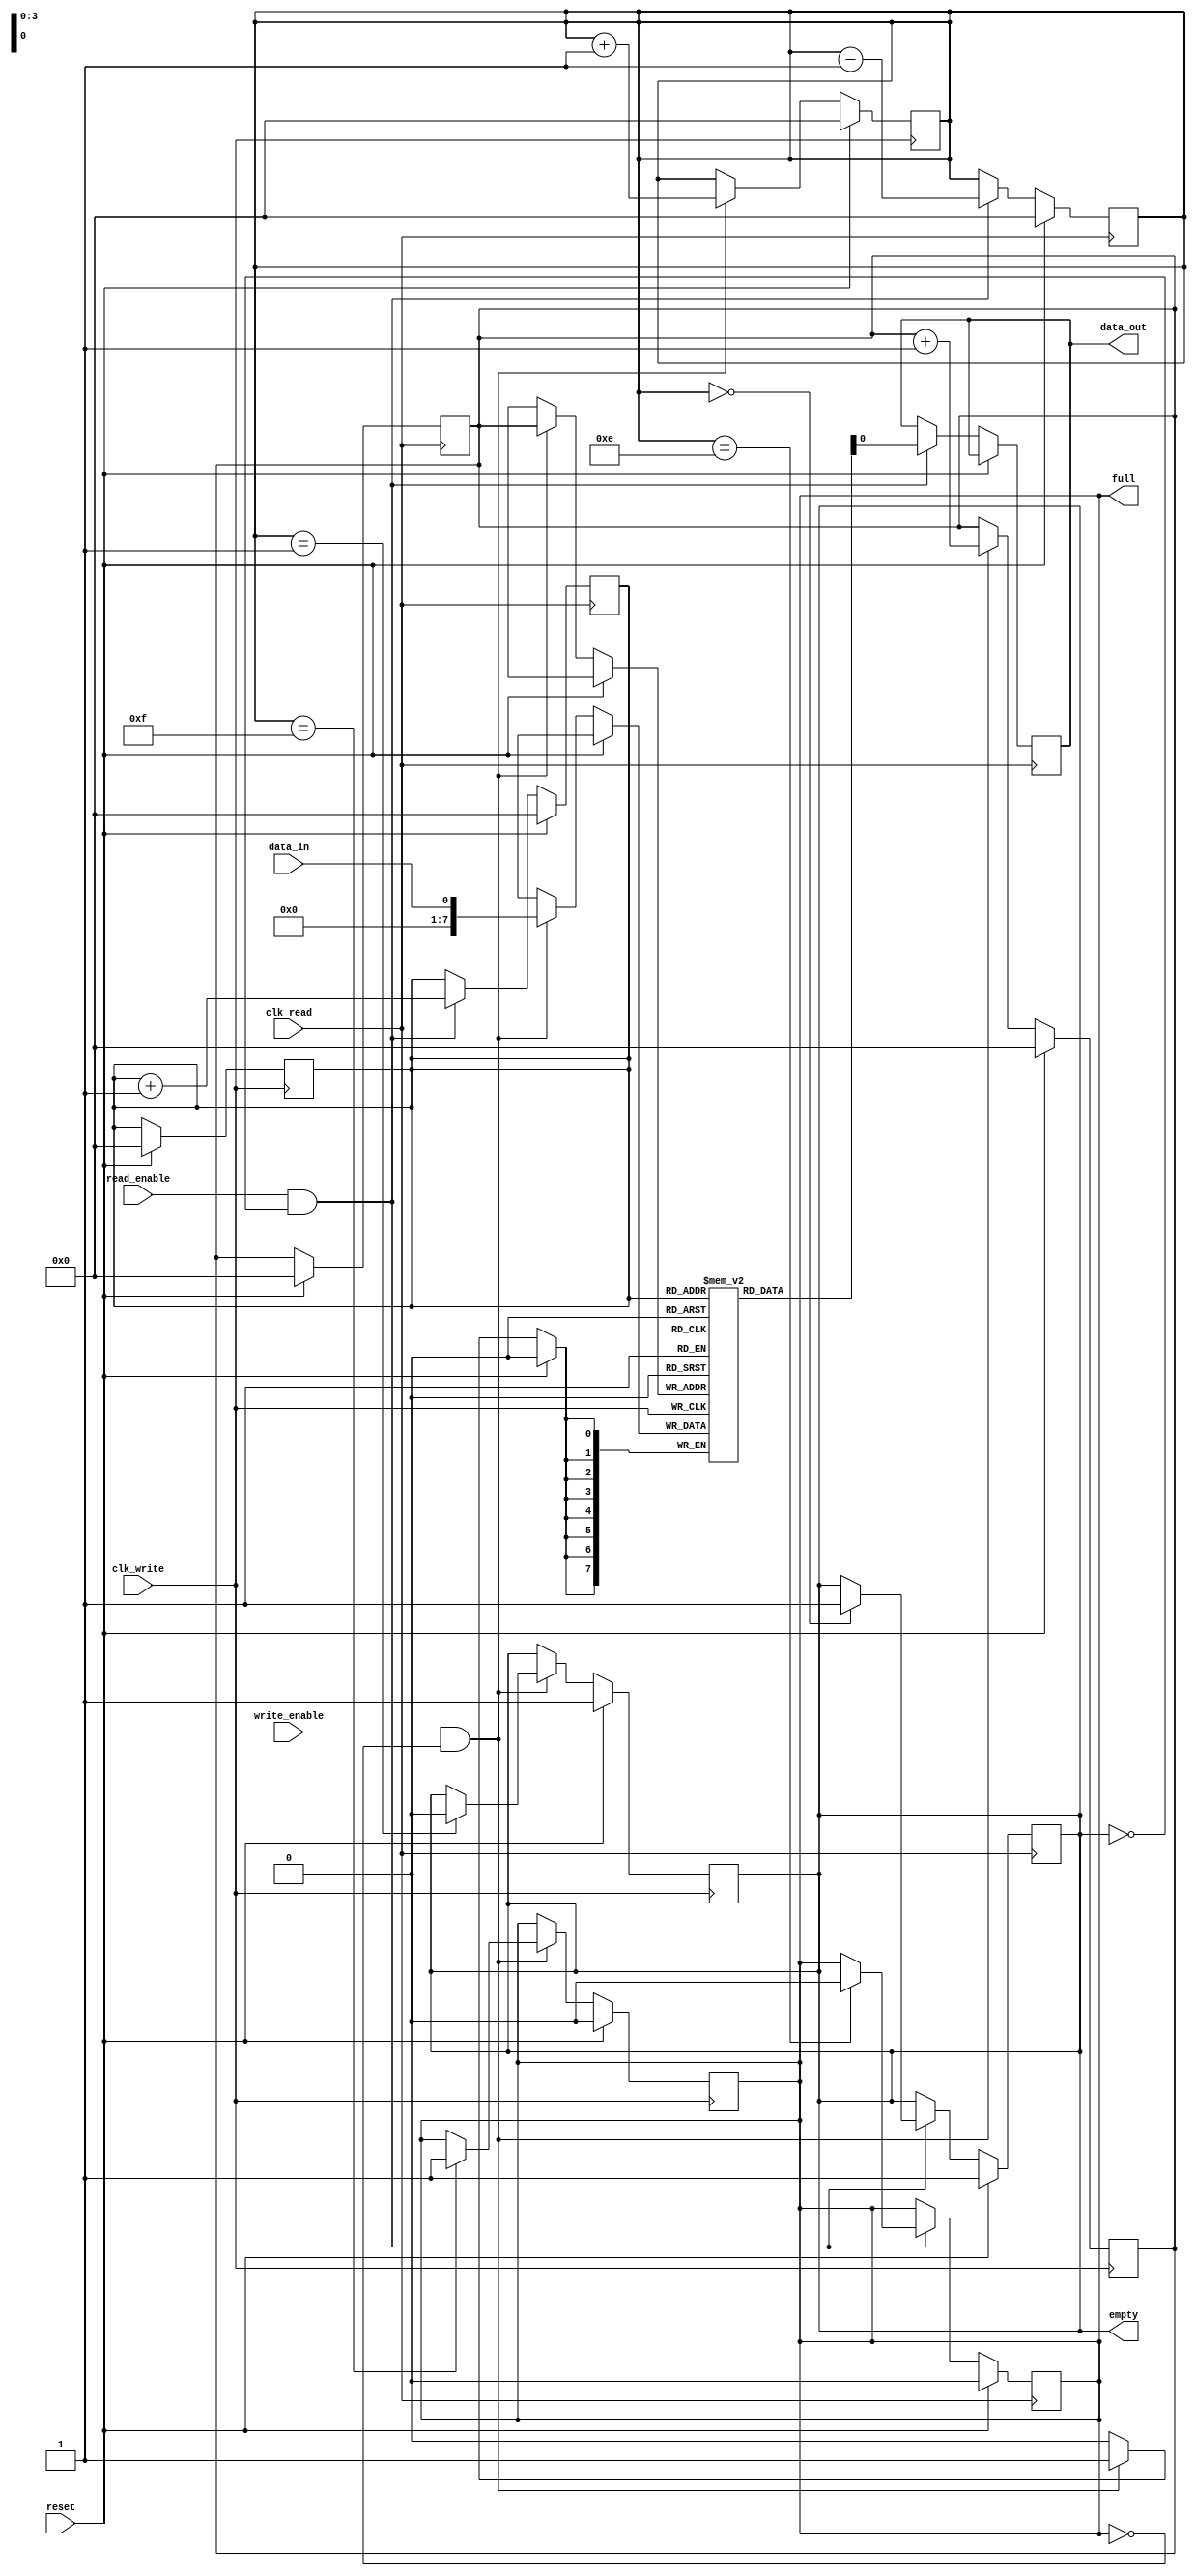
module asynchronous_fifo_buffer (
    input wire clk_write,
    input wire clk_read,
    input wire reset,
    input wire write_enable,
    input wire read_enable,
    input wire data_in,
    output reg data_out,
    output reg full,
    output reg empty
);

reg [7:0] fifo [0:15]; // Assuming 8-bit data width and 16-depth FIFO buffer
reg [3:0] write_ptr = 0;
reg [3:0] read_ptr = 0;
reg [3:0] count = 0;

always @(posedge clk_write) begin
    if (reset) begin
        write_ptr <= 0;
        read_ptr <= 0;
        count <= 0;
        full <= 0;
        empty <= 1;
    end else begin
        if (write_enable && !full) begin
            fifo[write_ptr] <= data_in;
            write_ptr <= write_ptr + 1;
            count <= count + 1;
            if (count == 15)
                full <= 1;
            if (count == 1)
                empty <= 0;
        end
    end
end

always @(posedge clk_read) begin
    if (reset) begin
        write_ptr <= 0;
        read_ptr <= 0;
        count <= 0;
        full <= 0;
        empty <= 1;
    end else begin
        if (read_enable && !empty) begin
            data_out <= fifo[read_ptr];
            read_ptr <= read_ptr + 1;
            count <= count - 1;
            if (count == 0)
                empty <= 1;
            if (count == 14)
                full <= 0;
        end
    end
end

endmodule